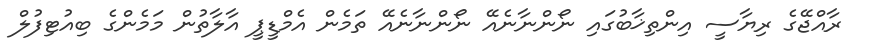
ރާއްޖޭގެ ރިޔާސީ އިންތިޚާބުގައި ނޯންނާނެއޭ ނޯންނާނެއޭ ތަމެން އެމްޑީޕީ އާލާތުން މަމެންގެ ބިއުޓިފުލް